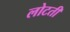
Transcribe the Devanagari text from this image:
लोटती